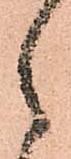
之